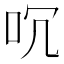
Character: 㕴